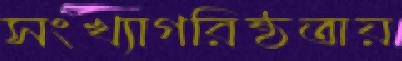
সংখ্যাগরিষ্ঠতায়